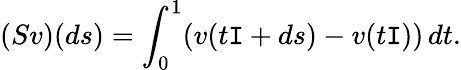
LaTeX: (Sv)(ds)=\int_{0}^{1}(v(t\mathtt{I}+ds)-v(t\mathtt{I}))\, dt.